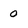
Character: 0